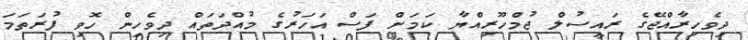
ދިވެހިރާއްޖޭގެ ރައީސުލް ޖުމްހޫރިއްޔާ ކަމަށް ފަސް އަހަރުގެ މުއްދަތައް ދިވެހިން ހޮވި ފުރަތަމަ